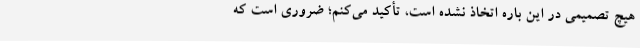
هیچ تصمیمی در این باره اتخاذ نشده است، تأکید می‌کنم؛ ضروری است که